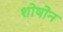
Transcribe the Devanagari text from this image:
शोषोन